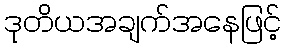
ဒုတိယအချက်အနေဖြင့်